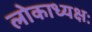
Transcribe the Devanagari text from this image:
लोकाध्यक्षः